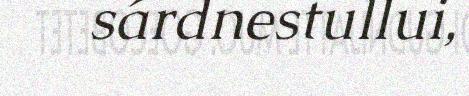
sárdnestullui,